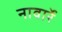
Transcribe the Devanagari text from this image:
नावार्रे